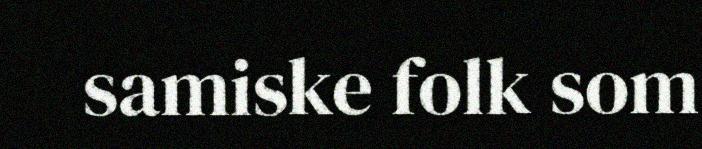
samiske folk som